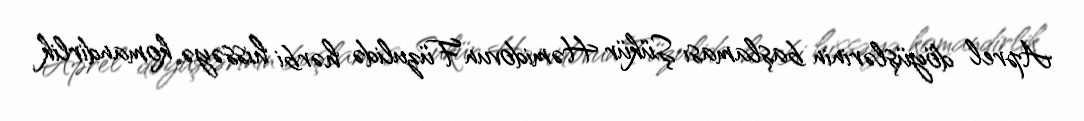
Aprel döyüşlərinin başlaması Şükür Həmidovun Füzulidə hərbi hissəyə komandirlik